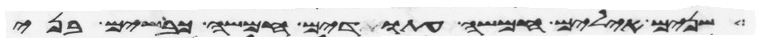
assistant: שנים אילים חמשה עתודים חמשה כבשים בני